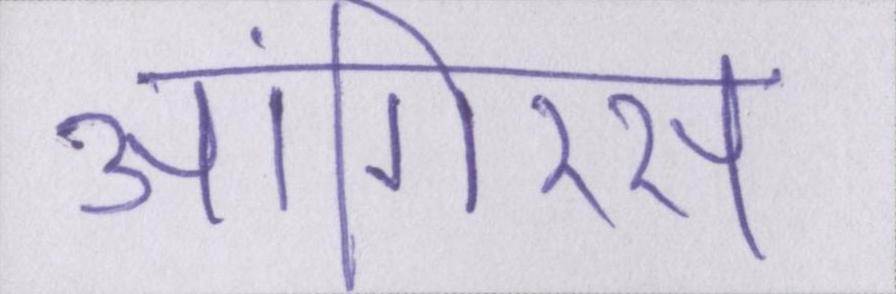
आंगिरस